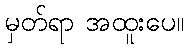
မှတ်ရာ အထူးပေ။